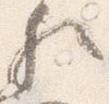
歟